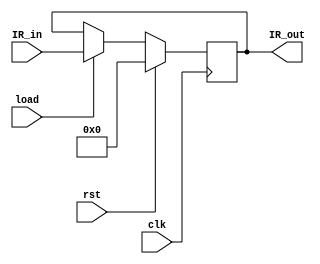
module IR(IR_out,IR_in,load,clk,rst);

output reg	[7:0]IR_out;
input	[7:0]IR_in;
input	load,clk,rst;

always@(posedge clk)
	begin
		if(rst==1)IR_out<=8'b0;
		else if(load==1)IR_out<=IR_in;		
	end

endmodule